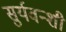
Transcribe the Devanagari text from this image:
सुर्यवन्शी